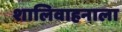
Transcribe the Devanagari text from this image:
शालिवाहनाला